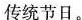
传统节日。